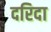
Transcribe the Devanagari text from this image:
दरिदा